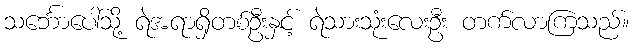
သင်္ဘောပေါ်သို့ ရဲအရာရှိတစ်ဦးနှင့် ရဲသားသုံးလေးဦး တက်လာကြသည်။